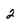
Character: 2